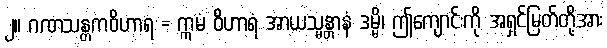
၂။ ဂဏသန္တကဝိဟာရ = ဣမံ ဝိဟာရံ အာယသ္မန္တာနံ ဒမ္မိ၊ ဤကျောင်းကို အရှင်မြတ်တို့အား